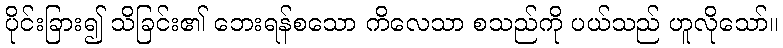
ပိုင်းခြား၍ သိခြင်း၏ ဘေးရန်စသော ကိလေသာ စသည်ကို ပယ်သည် ဟူလိုသော်။